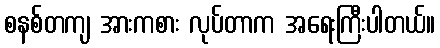
စနစ်တကျ အားကစား လုပ်တာက အရေးကြီးပါတယ်။